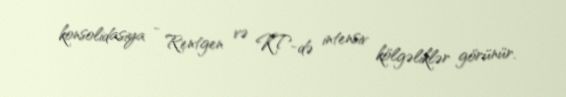
konsolidasiya - Rentgen və KT-də intensiv kölgəliklər görünür.